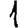
Digit: 1